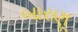
બારણૂ